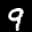
Label: 9